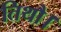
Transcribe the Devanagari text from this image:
तिथौ।